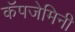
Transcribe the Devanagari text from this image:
कॅपजेमिनी